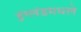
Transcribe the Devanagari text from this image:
इंग्लंडमधले